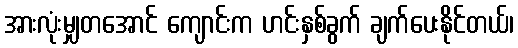
အားလုံးမျှတအောင် ကျောင်းက ဟင်းနှစ်ခွက် ချက်ပေးနိုင်တယ်၊